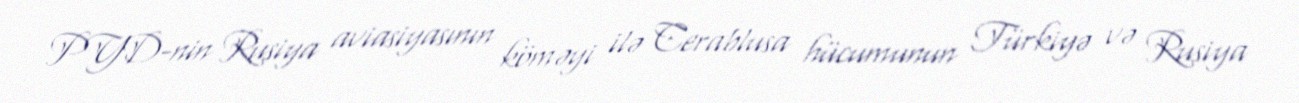
PYD-nin Rusiya aviasiyasının köməyi ilə Cerablusa hücumunun Türkiyə və Rusiya